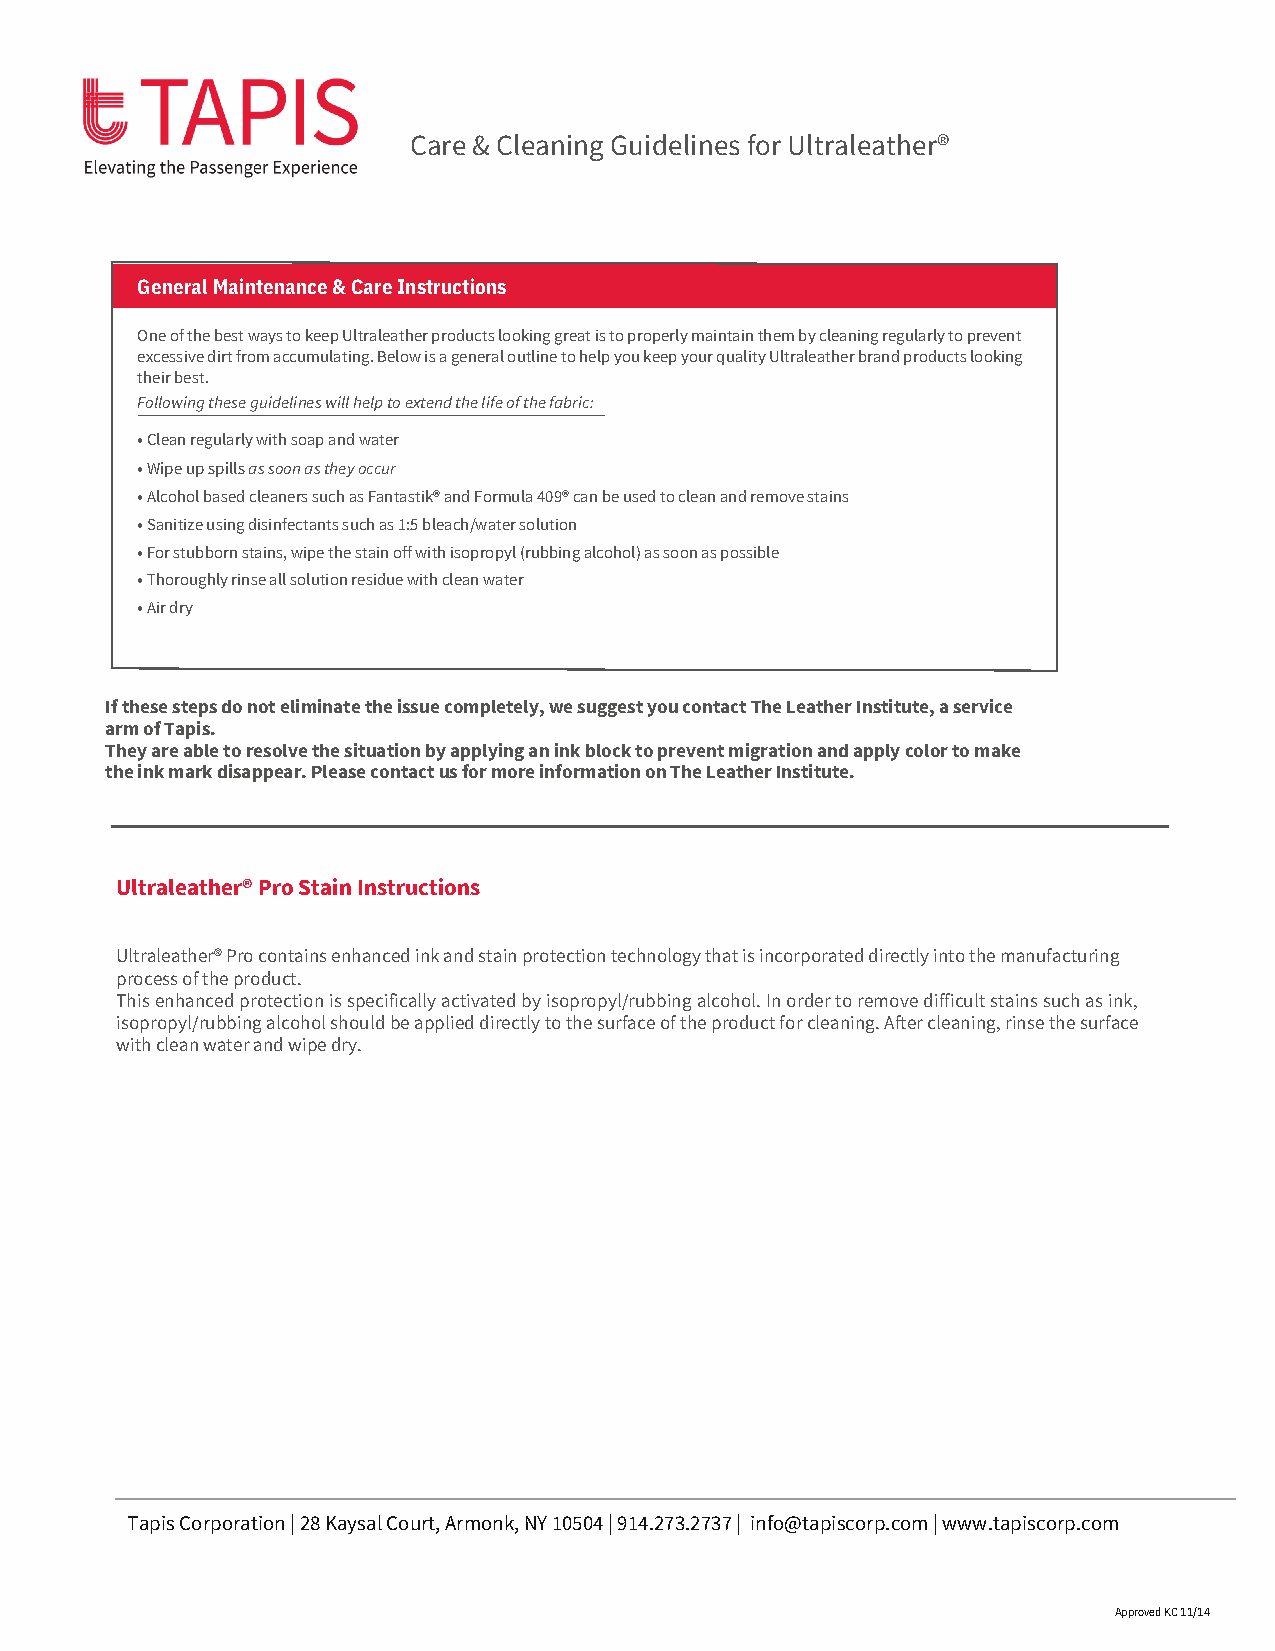
Care & Cleaning Guidelines for Ultraleather®
 General Maintenance & Care Instructions
 One of the best ways to keep Ultraleather products looking great is to properly maintain them by cleaning regularly to prevent
 excessive dirt from accumulating. Below is a general outline to help you keep your quality Ultraleather brand products looking
 their best.
 Following these guidelines will help to extend the life of the fabric:
 • Clean regularly with soap and water
 • Wipe up spills as soon as they occur
 • Alcohol based cleaners such as Fantastik® and Formula 409® can be used to clean and remove stains
 • Sanitize using disinfectants such as 1:5 bleach/water solution
 • For stubborn stains, wipe the stain off with isopropyl (rubbing alcohol) as soon as possible
 • Thoroughly rinse all solution residue with clean water
 • Air dry
 If these steps do not eliminate the issue completely, we suggest you contact The Leather Institute, a service
 arm of Tapis.
 They are able to resolve the situation by applying an ink block to prevent migration and apply color to make
 the ink mark disappear. Please contact us for more information on The Leather Institute.
 Ultraleather® Pro Stain Instructions
 Ultraleather® Pro contains enhanced ink and stain protection technology that is incorporated directly into the manufacturing
 process of the product.
 This enhanced protection is specifically activated by isopropyl/rubbing alcohol. In order to remove difficult stains such as ink,
 isopropyl/rubbing alcohol should be applied directly to the surface of the product for cleaning. After cleaning, rinse the surface
 with clean water and wipe dry.
 Tapis Corporation | 28 Kaysal Court, Armonk, NY 10504 | 914.273.2737 | info@tapiscorp.com | www.tapiscorp.com
 Approved KC 11/14